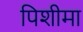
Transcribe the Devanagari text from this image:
पिशीमा